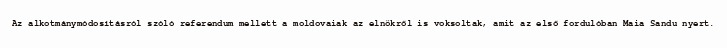
Az alkotmánymódosításról szóló referendum mellett a moldovaiak az elnökről is voksoltak, amit az első fordulóban Maia Sandu nyert.